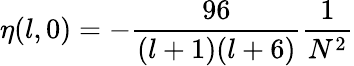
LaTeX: \eta(l,0)=-\frac{96}{(l+1)(l+6)}\frac{1}{N^{2}}